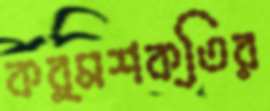
কর্মশক্তির